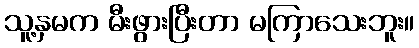
သူ့နှမက မီးဖွားပြီးတာ မကြာသေးဘူး။